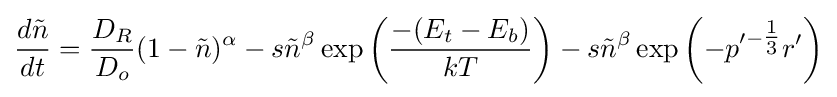
{\frac {d{\tilde {n}}}{dt}}={\frac {D_{R}}{D_{o}}}(1-{\tilde {n}})^{\alpha }-s{\tilde {n}}^{\beta }\exp \left({\frac {-(E_{t}-E_{b})}{kT}}\right)-s{\tilde {n}}^{\beta }\exp \left(-p'^{-{\tfrac {1}{3}}}r'\right)